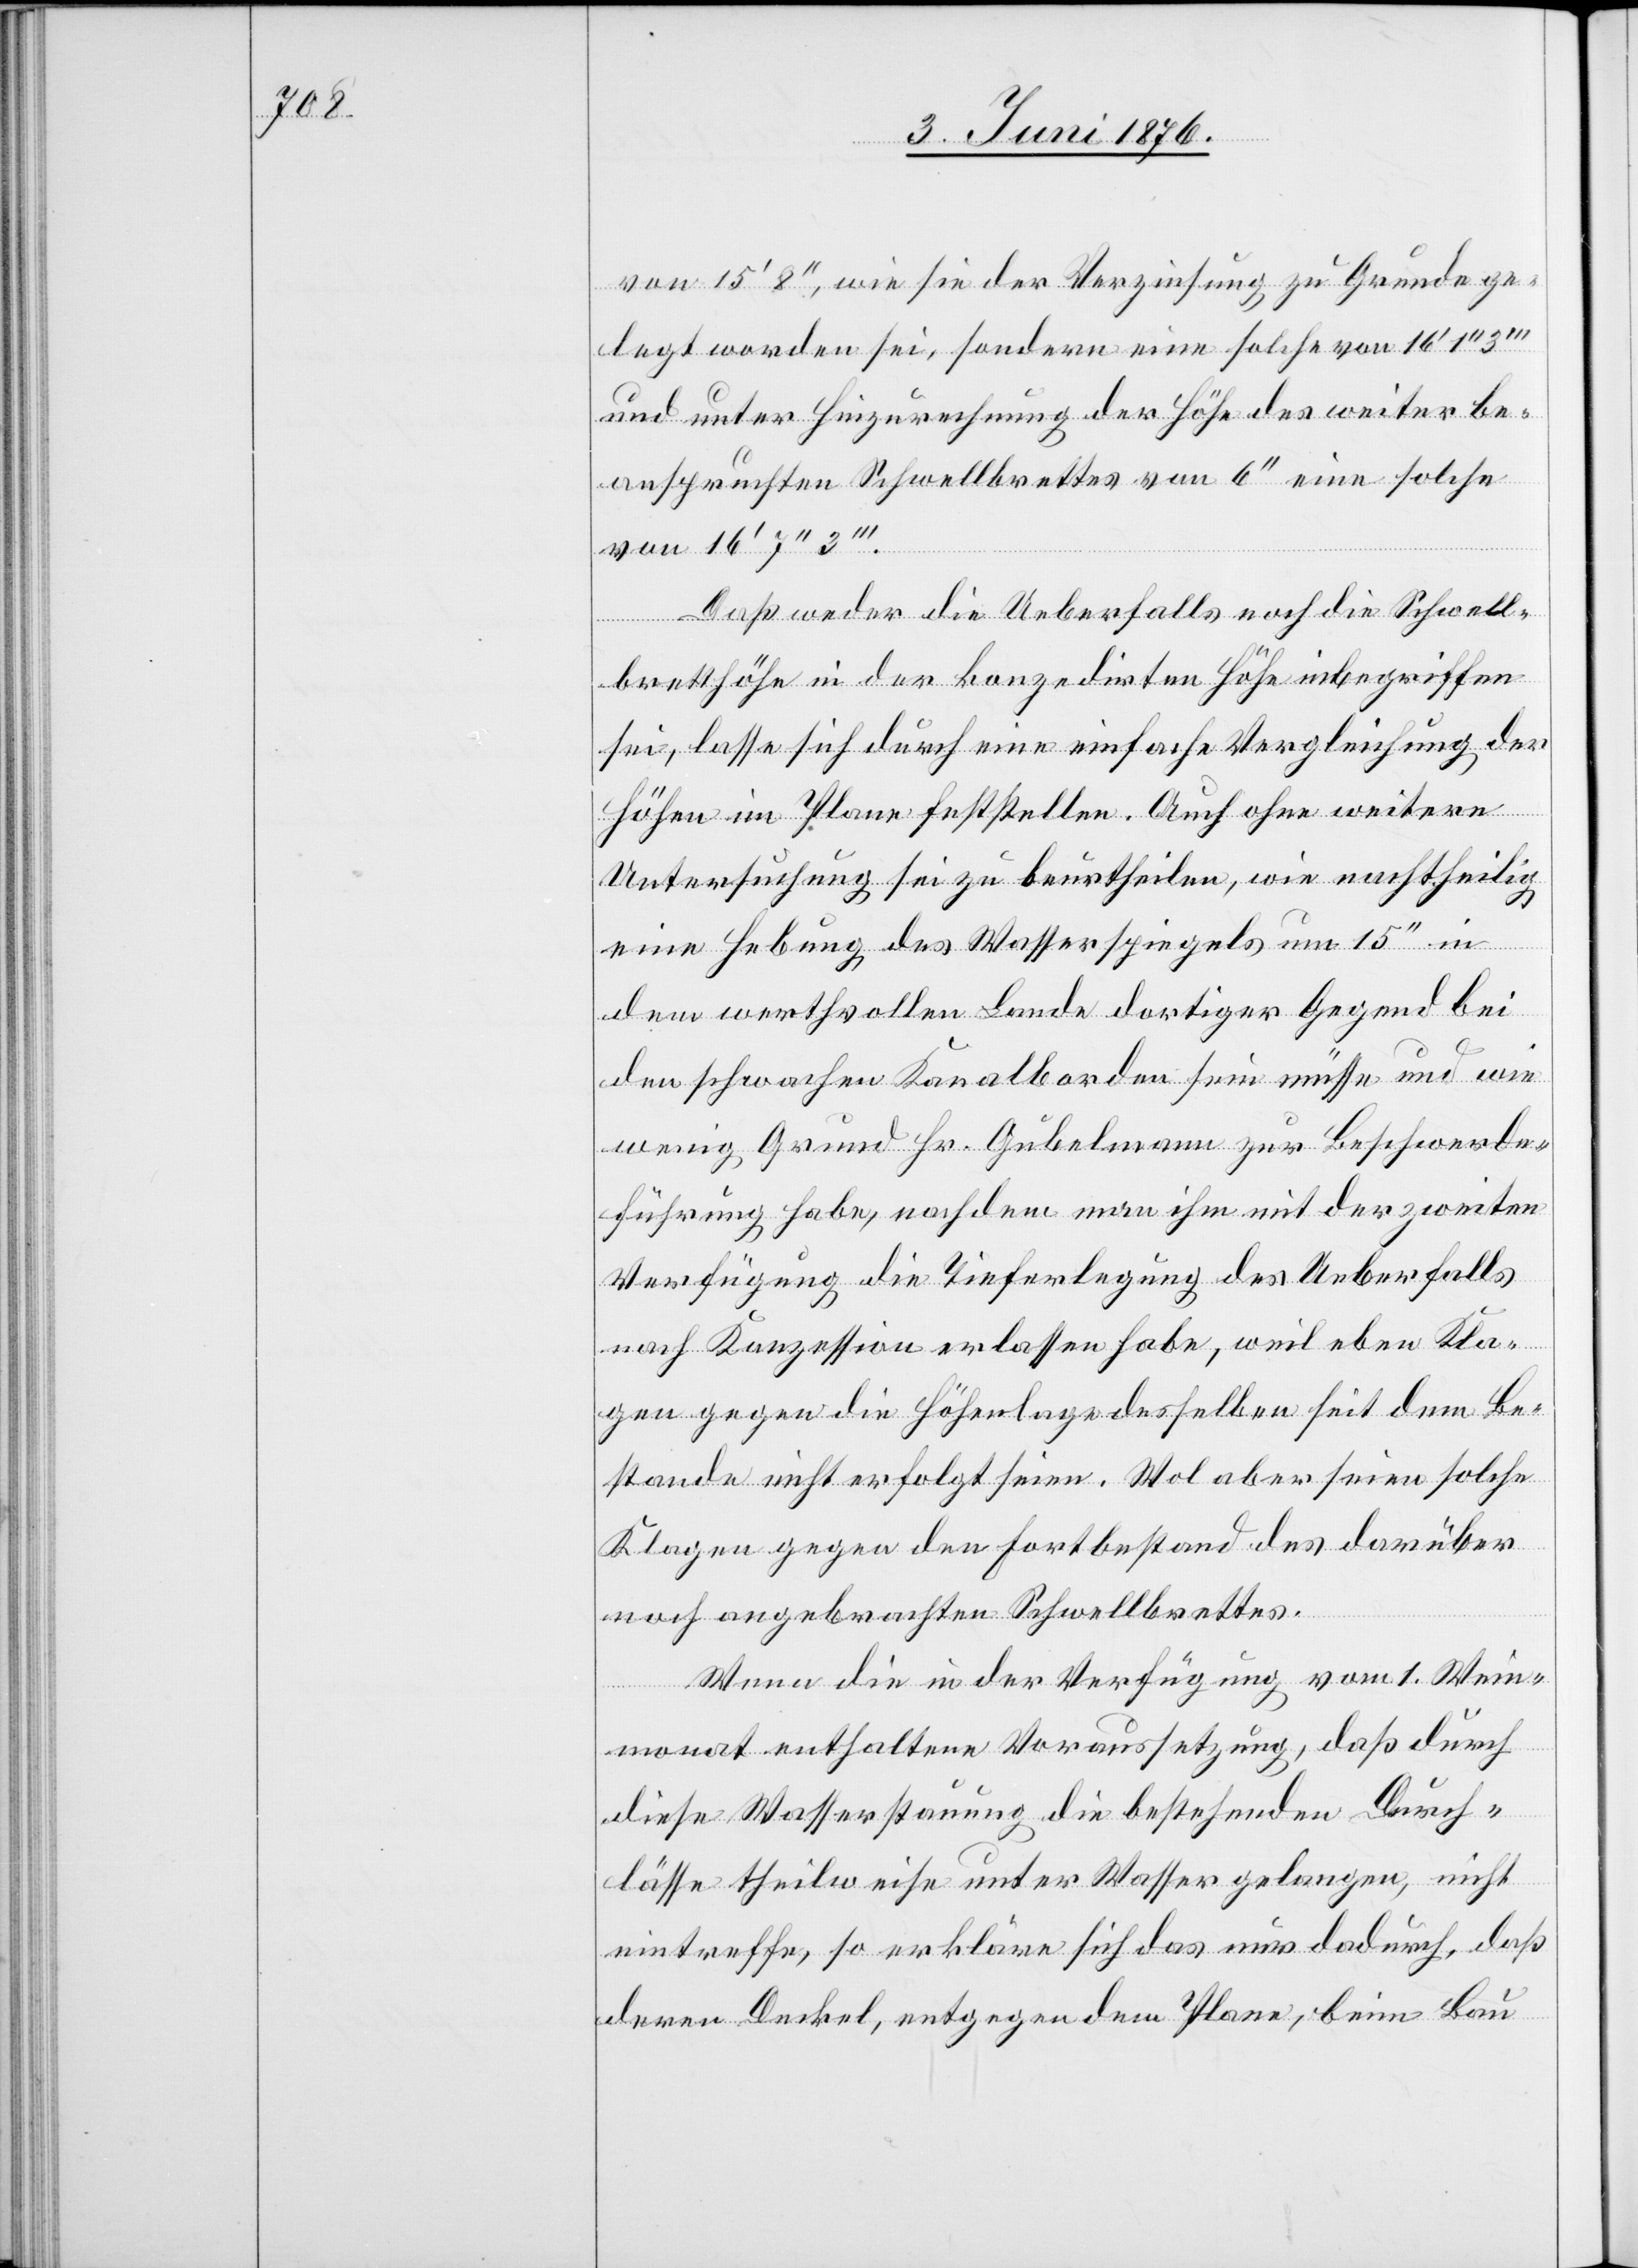
von 15‘ 8‘‘, wie sie der Verzeichnung zu Grunde ge¬
legt worden sei, sondern eine solche von 16‘ 1‘‘
und unter Hinzurechnung der Höhe des weiter be¬
anspruchten Schwellbrettes von 6‘‘ eine solche
von 16‘ 7‘‘
Daß weder die Ueberfalls noch die Schwell¬
bretthöhe in der konzidirten Höhe inbegriffen
sei, lasse sich durch eine einfache Vergleichung der
Höhen im Plane feststellen. Auch ohne weitere
Untersuchung sei zu beurtheilen, wie nachtheilig
eine Hebung des Wasserspiegels um 15‘‘ in
dem werthvollen Lande dortiger Gegend bei
den schwachen Kanalborden sein müsse und wie
wenig Grund Hr. Gubelmann zur Beschwerde¬
führung habe, nachdem man ihm mit der zweiten
Verfügung die Tieferlegung des Ueberfalls
nach Konzession erlassen habe, weil eben Kla¬
ge gegen die Höhenlage desselben seit dem Be¬
stande nicht erfolgt seien. Wol aber seien solche
Klagen gegen den Fortbestand des darüber
noch angebrachten Schwellbrettes.
Wenn die in der Verfügung vom 1. Wein¬
monat enthaltene Voraussetzung, daß durch
diese Wasserstauung die bestehenden Durch¬
lässe theilweise unter Wasser gelangen, nicht
eintreffe, so erkläre sich das nur dadurch, daß
deren Deckel, entgegen dem Plane, beim Bau